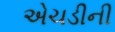
એચડીની